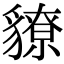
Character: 䝤